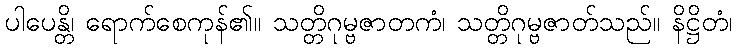
ပါပေန္တိ၊ ရောက်စေကုန်၏။ သတ္တိဂုမ္ဗဇာတကံ၊ သတ္တိဂုမ္ဗဇာတ်သည်။ နိဋ္ဌိတံ၊